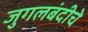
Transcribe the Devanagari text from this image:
जुगलबंदीचे